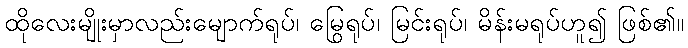
ထိုလေးမျိုးမှာလည်းမျောက်ရုပ်၊ မြွေရုပ်၊ မြင်းရုပ်၊ မိန်းမရုပ်ဟူ၍ ဖြစ်၏။